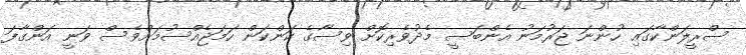
ސްރީލަންކާގައި ހުންނަ ޖަރުމަނު އެންބަސީ މެދުވެރިކޮށް ވިސާގެ ކަންކަން ހަމަޖެއްސުމަށްވެސް ވަނީ އަންގާފަ